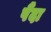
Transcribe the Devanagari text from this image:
पैंदा